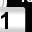
Digit: 1